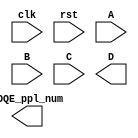
`timescale 1ns/1ps

module DOQE_ppl(clk,rst,A,B,C,D,DOQE_ppl_num);
// DO NOT CHANGE !
	input			clk;
	input			rst;
	input		[3:0]	A;
	input		[6:0]	B;
	input   [5:0] C;
	
	output	[14:0]D;
    output  [50:0]  DOQE_ppl_num;	

  // Write your design here


endmodule